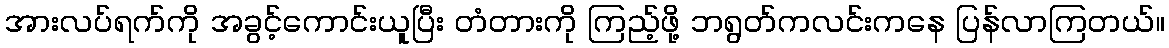
အားလပ်ရက်ကို အခွင့်ကောင်းယူပြီး တံတားကို ကြည့်ဖို့ ဘရွတ်ကလင်းကနေ ပြန်လာကြတယ်။